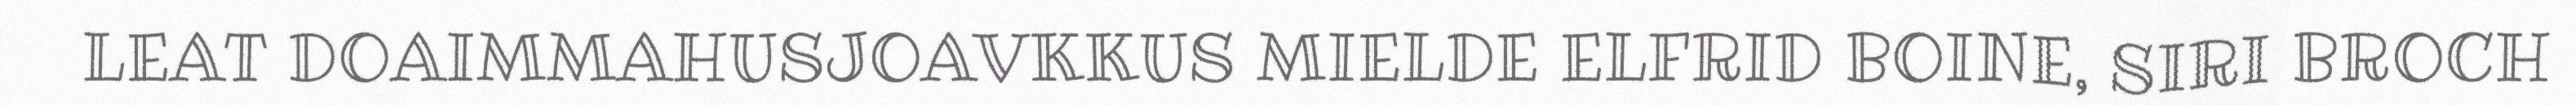
LEAT DOAIMMAHUSJOAVKKUS MIELDE ELFRID BOINE, SIRI BROCH